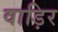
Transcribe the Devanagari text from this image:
वाड़िर